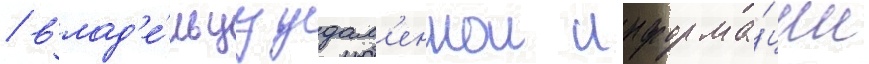
/ влад'е́льцу удал'еннои информа́ции